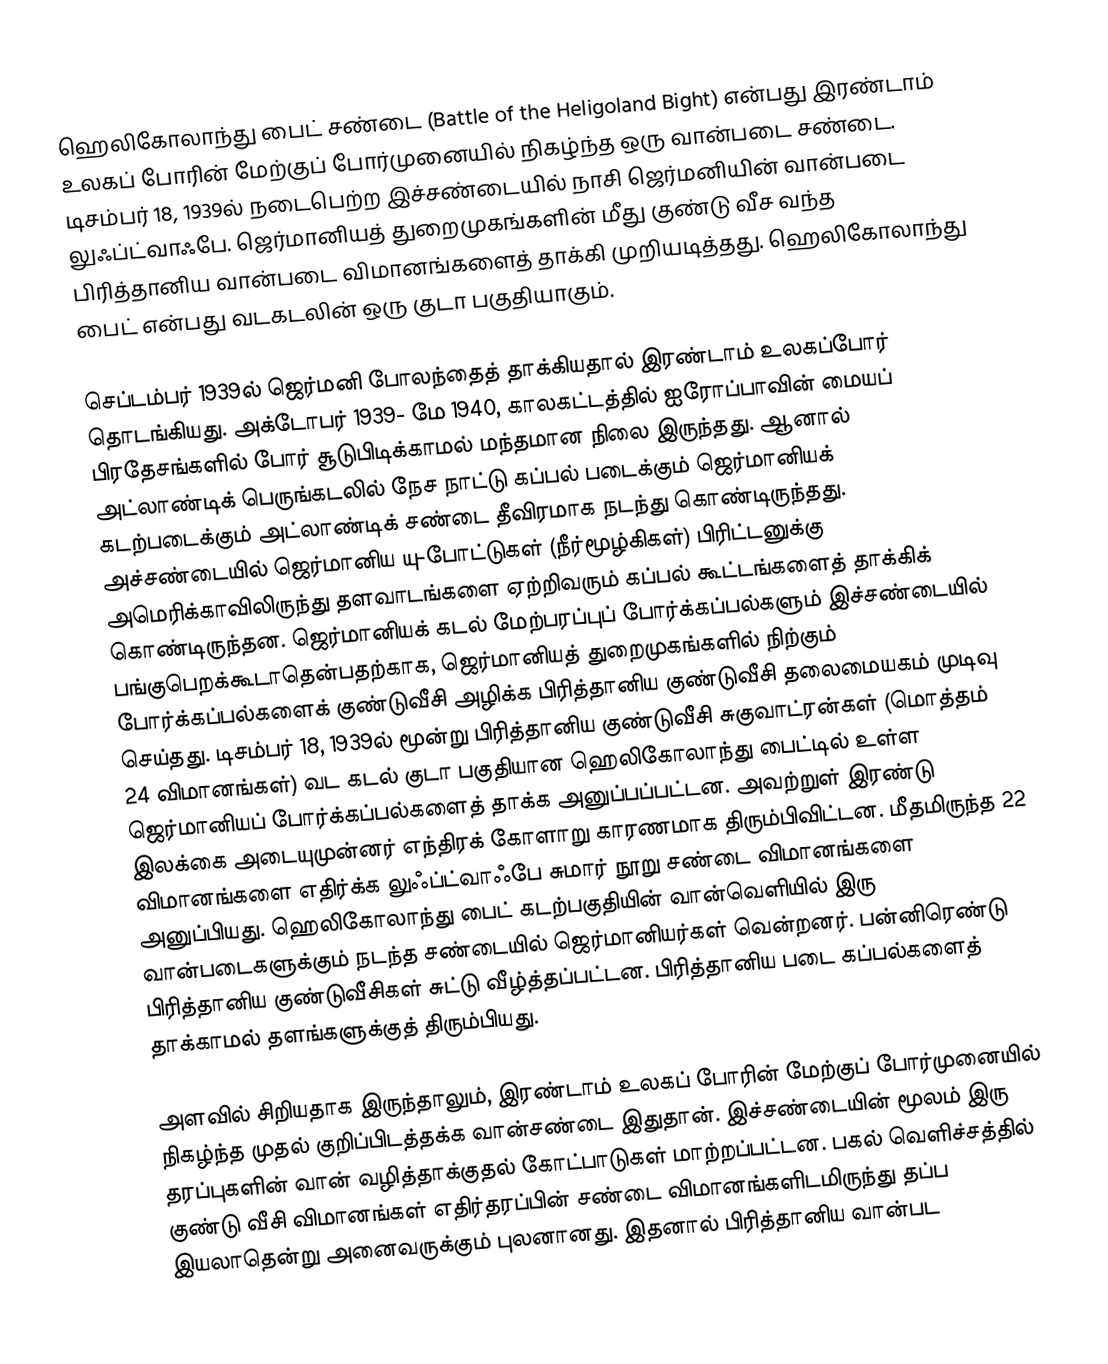
ஹெலிகோலாந்து பைட் சண்டை (Battle of the Heligoland Bight) என்பது இரண்டாம் உலகப் போரின் மேற்குப் போர்முனையில் நிகழ்ந்த ஒரு வான்படை சண்டை. டிசம்பர் 18, 1939ல் நடைபெற்ற இச்சண்டையில் நாசி ஜெர்மனியின் வான்படை லுஃப்ட்வாஃபே. ஜெர்மானியத் துறைமுகங்களின் மீது குண்டு வீச வந்த பிரித்தானிய வான்படை விமானங்களைத் தாக்கி முறியடித்தது. ஹெலிகோலாந்து பைட் என்பது வடகடலின் ஒரு குடா பகுதியாகும்.

செப்டம்பர் 1939ல் ஜெர்மனி போலந்தைத் தாக்கியதால் இரண்டாம் உலகப்போர் தொடங்கியது. அக்டோபர் 1939- மே 1940, காலகட்டத்தில் ஐரோப்பாவின் மையப் பிரதேசங்களில் போர் சூடுபிடிக்காமல் மந்தமான நிலை இருந்தது. ஆனால் அட்லாண்டிக் பெருங்கடலில் நேச நாட்டு கப்பல் படைக்கும் ஜெர்மானியக் கடற்படைக்கும் அட்லாண்டிக் சண்டை தீவிரமாக நடந்து கொண்டிருந்தது. அச்சண்டையில் ஜெர்மானிய யு-போட்டுகள் (நீர்மூழ்கிகள்) பிரிட்டனுக்கு அமெரிக்காவிலிருந்து தளவாடங்களை ஏற்றிவரும் கப்பல் கூட்டங்களைத் தாக்கிக் கொண்டிருந்தன. ஜெர்மானியக் கடல் மேற்பரப்புப் போர்க்கப்பல்களும் இச்சண்டையில் பங்குபெறக்கூடாதென்பதற்காக, ஜெர்மானியத் துறைமுகங்களில் நிற்கும் போர்க்கப்பல்களைக் குண்டுவீசி அழிக்க பிரித்தானிய குண்டுவீசி தலைமையகம் முடிவு செய்தது. டிசம்பர் 18, 1939ல் மூன்று பிரித்தானிய குண்டுவீசி சுகுவாட்ரன்கள் (மொத்தம் 24 விமானங்கள்) வட கடல் குடா பகுதியான ஹெலிகோலாந்து பைட்டில் உள்ள ஜெர்மானியப் போர்க்கப்பல்களைத் தாக்க அனுப்பப்பட்டன. அவற்றுள் இரண்டு இலக்கை அடையுமுன்னர் எந்திரக் கோளாறு காரணமாக திரும்பிவிட்டன. மீதமிருந்த 22 விமானங்களை எதிர்க்க லுஃப்ட்வாஃபே சுமார் நூறு சண்டை விமானங்களை அனுப்பியது. ஹெலிகோலாந்து பைட் கடற்பகுதியின் வான்வெளியில் இரு வான்படைகளுக்கும் நடந்த சண்டையில் ஜெர்மானியர்கள் வென்றனர். பன்னிரெண்டு பிரித்தானிய குண்டுவீசிகள் சுட்டு வீழ்த்தப்பட்டன. பிரித்தானிய படை கப்பல்களைத் தாக்காமல் தளங்களுக்குத் திரும்பியது.

அளவில் சிறியதாக இருந்தாலும், இரண்டாம் உலகப் போரின் மேற்குப் போர்முனையில் நிகழ்ந்த முதல் குறிப்பிடத்தக்க வான்சண்டை இதுதான். இச்சண்டையின் மூலம் இரு தரப்புகளின் வான் வழித்தாக்குதல் கோட்பாடுகள் மாற்றப்பட்டன. பகல் வெளிச்சத்தில் குண்டு வீசி விமானங்கள் எதிர்தரப்பின் சண்டை விமானங்களிடமிருந்து தப்ப இயலாதென்று அனைவருக்கும் புலனானது. இதனால் பிரித்தானிய வான்பட